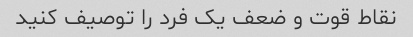
نقاط قوت و ضعف یک فرد را توصیف کنید